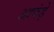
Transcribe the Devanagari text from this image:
आकंड़े